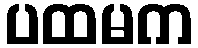
ပထမက